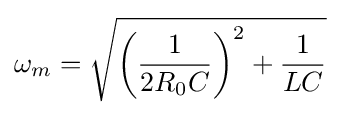
\omega _{m}={\sqrt {\left({\frac {1}{2R_{0}C}}\right)^{2}+{\frac {1}{LC}}}}